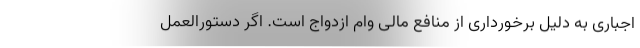
اجباری به دلیل برخورداری از منافع مالی وام ازدواج است. اگر دستورالعمل